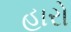
હારો